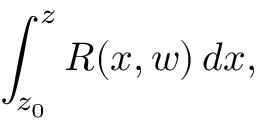
\int _ { z _ { 0 } } ^ { z } R ( x , w ) \, d x ,